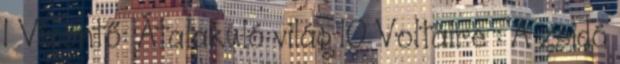
1 Vízöntő: Átalakuló világ 10 Voltaire : A zsidó